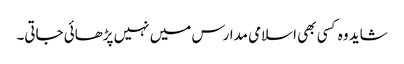
شاید وہ کسی بھی اسلامی مدارس میں نہیں پڑھائی جاتی۔